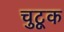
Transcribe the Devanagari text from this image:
चुटूक